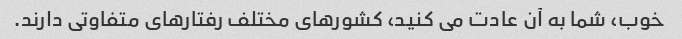
خوب، شما به آن عادت می کنید، کشورهای مختلف رفتارهای متفاوتی دارند.